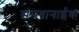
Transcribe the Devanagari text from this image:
संमगानाईक